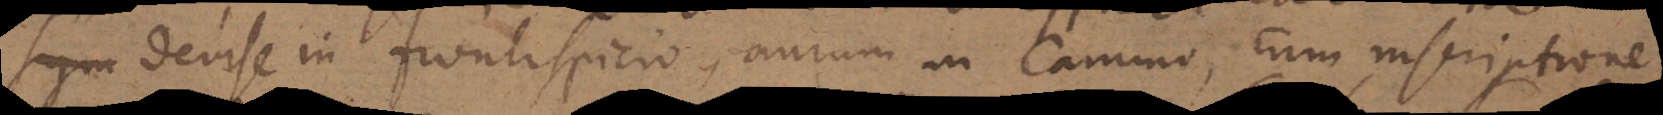
devise in frontispicio, aurum in Camino, cum inscriptione